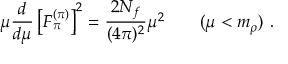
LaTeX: \mu \frac { d } { d \mu } \left[ F _ { \pi } ^ { ( \pi ) } \right] ^ { 2 } = \frac { 2 N _ { f } } { ( 4 \pi ) ^ { 2 } } \mu ^ { 2 } \qquad ( \mu < m _ { \rho } ) \ .